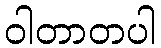
ဝါတာတပါ